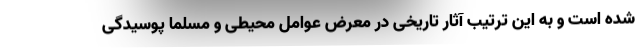
شده است و به این ترتیب آثار تاریخی در معرض عوامل محیطی و مسلما پوسیدگی